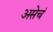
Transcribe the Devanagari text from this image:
असेचं